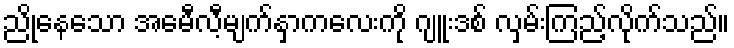
ညိုနေသော အေမီလီ့မျက်နှာကလေးကို ဂျူးဒစ် လှမ်းကြည့်လိုက်သည်။